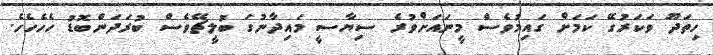
ހިތަދޫ ވަކަރުގޭ ކަމަށް ގައިމުވެސް މީނައަށްވުރެ ސިޔާސީ މައިދާނުގަ ބުލީޗޭވެސް ބުރަދަންބޮޑު ހެހެހެހެ.